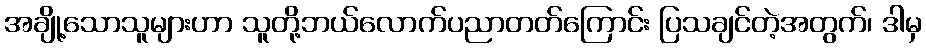
အချို့သောသူများဟာ သူတို့ဘယ်လောက်ပညာတတ်ကြောင်း ပြသချင်တဲ့အတွက်၊ ဒါမှ